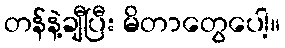
တန်နဲ့ချီပြီး မိတာတွေပေါ့။